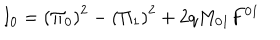
LaTeX: I _ { 0 } = \left( \Pi _ { 0 } \right) ^ { 2 } - \left( \Pi _ { 1 } \right) ^ { 2 } + 2 q M _ { 0 1 } F ^ { 0 1 }